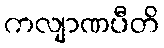
ကလျာဏပီတိ